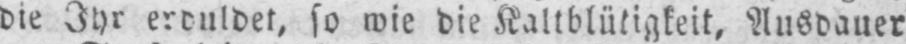
die Ihr erduldet, so wie die Kaltblütigkeit‚ Ausdauer